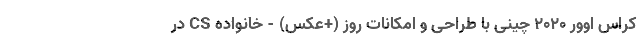
کراس اوور 2020 چینی با طراحی و امکانات روز (+عکس) - خانواده CS در